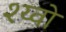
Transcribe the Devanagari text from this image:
श्य्वो